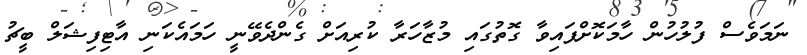
ނަމަވެސް ފުލުހުން ހާމަކޮށްފައިވާ ގޮތުގައި މުޒާހަރާ ކުރިއަށް ގެންދެވޭނީ ހަމައެކަނި އާޓިފިޝަލް ބީޗު